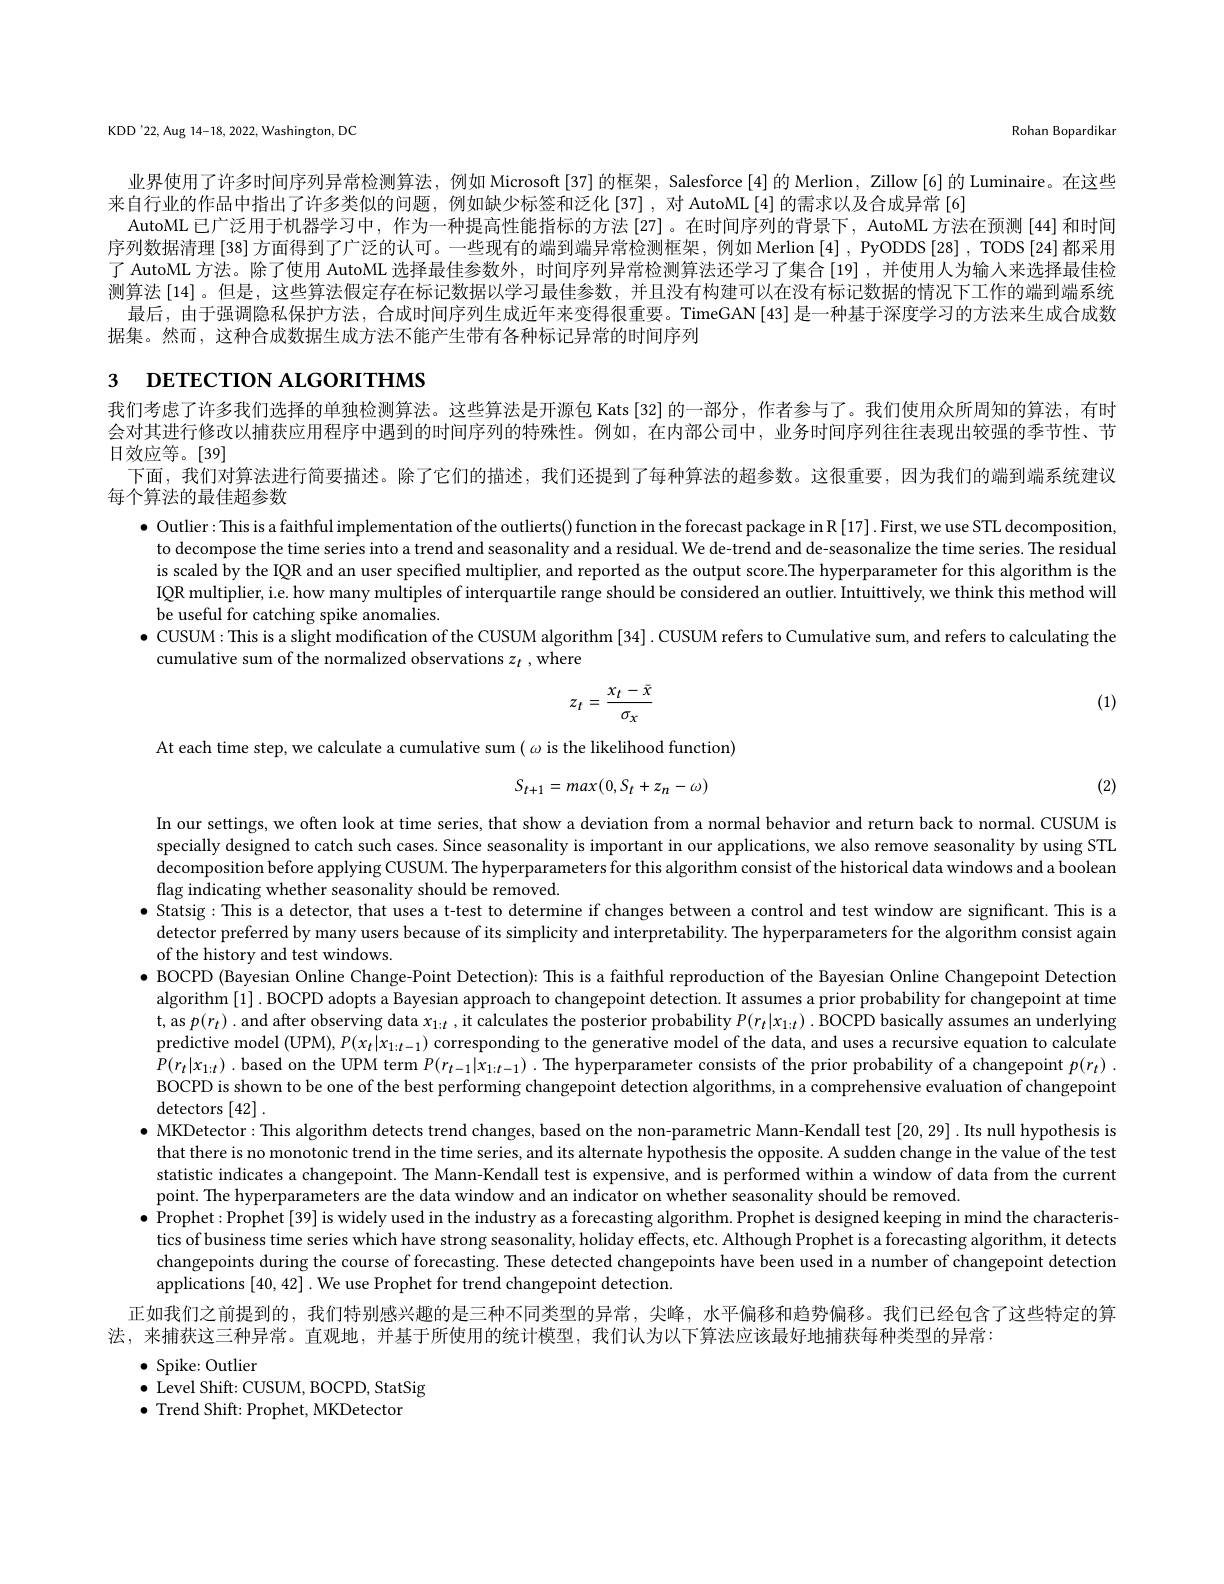
KDD'22,Aug 14-18, 2022, Washington, DC

Rohan Bopardikar

业界使用了许多时间序列异常检测算法，例如 Microsoft[37]的框架，Salesforce[4] 的 Merlion, Zillow[6] 的 Luminaire。在这些
来自行业的作品中指出了许多类似的问题，例如缺少标签和泛化[37],对 AutoML[4] 的需求以及合成异常[6]
AutoML 已广泛用于机器学习中，作为一种提高性能指标的方法 [27] 。在时间序列的背景下，AutoML 方法在预测 [44] 和时间序列数据清理[38]方面得到了广泛的认可。一些现有的端到端异常检测框架，例如 Merlion [4], PyODDS[28], TODS[24]都采用了 AutoML 方法。除了使用 AutoML 选择最佳参数外，时间序列异常检测算法还学习了集合 [19],并使用人为输人来选择最佳检测算法 [14]。但是，这些算法假定存在标记数据以学习最佳参数，并且没有构建可以在没有标记数据的情况下工作的端到端系统
最后，由于强调隐私保护方法，合成时间序列生成近年来变得很重要。TimeGAN$\left[43\right]$是一种基于深度学习的方法来生成合成数
据集。然而，这种合成数据生成方法不能产生带有各种标记异常的时间序列

# 3 DETECTION ALGORITHMS

我们考虑了许多我们选择的单独检测算法。这些算法是开源包 Kats[32] 的一部分，作者参与了。我们使用众所周知的算法，有时会对其进行修改以捕获应用程序中遇到的时间序列的特殊性。例如，在内部公司中，业务时间序列往往表现出较强的季节性、节日效应等。[39]
下面，我们对算法进行简要描述。除了它们的描述，我们还提到了每种算法的超参数。这很重要，因为我们的端到端系统建议
每个算法的最佳超参数

$\bullet$ Outlier: This is a faithful implementation of the outlierts() function in the forecast package in R [17]. First, we use STL decomposition, to decompose the time series into a trend and seasonality and a residual. We de-trend and de-seasonalize the time series. The residual is scaled by the IQR and an user specified multiplier, and reported as the output score.The hyperparameter for this algorithm is the IQR multiplier, i.e. how many multiples of interquartile range should be considered an outlier. Intuittively, we think this method will be useful for catching spike anomalies.
$\bullet$ CUSUM: This is a slight modification of the CUSUM algorithm [34]. CUSUM refers to Cumulative sum, and refers to calculating the
cumulative sum of the normalized observations $z_t$ , where

(1)
$$z_t=\frac{x_t-\bar{x}}{\sigma_x}$$
At each time step, we calculate a cumulative sum $(\omega$ is the likelihood function)
$$S_{t+1}=max(0,S_{t}+z_{n}-\omega)$$
(2)

In our settings, we often look at time series, that show a deviation from a normal behavior and return back to normal. CUSUM is specially designed to catch such cases. Since seasonality is important in our applications, we also remove seasonality by using STL $decompositionbefore~applying~CUSUM.~The~hyperparameters~for~this~algorithm~consist~of~the~historical~data~windows~and~a~boolean~de~the~th~a~th~a~th~a~th~a~th~a~th~a~th~a~th~a~th~a~th~a~th~a~th~a~th~a~th~a~th~a~th~a~th~a~th~a~th~a~th~ad~a~th~a~th~a~th~a~$ flag indicating whether seasonality should be removed
$\bullet$ Statsig: This is a detector, that uses a t-test to determine if changes between a control and test window are significant. This is a
detector preferred by many users because of its simplicity and interpretability. The hyperparameters for the algorithm consist again
of the history and test windows.
$\bullet$ BOCPD (Bayesian Online Change-Point Detection): This is a faithful reproduction of the Bayesian Online Changepoint Detection
algorithm [1]. BOCPD adopts a Bayesian approach to changepoint detection. It assumes a prior probability for changepoint at time t, as $p(r_t)$ . and after observing data $x_{1:t}$ , it calculates the posterior probability $P(r_t|x_{1:t})$ . BOCPD basically assumes an underlying predictive model (UPM), $P(x_t|x_{1:t-1})$ corresponding to the generative model of the data, and uses a recursive equation to calculate $P(r_t|x_{1:t})$. based on the UPM term $P(r_t-1|x_{1:t-1})$ .The hyperparameter consists of the prior probability of a changepoint $p(r_t).$ BOCPD is shown to be one of the best performing changepoint detection algorithms, in a comprehensive evaluation of changepoint $\operatorname{detectors}\left[42\right].$
$\bullet$ MKDetector: This algorithm detects trend changes, based on the non-parametric Mann-Kendall test [20,29]. Its null hypothesis is that there is no monotonic trend in the time series, and its alternate hypothesis the opposite. A sudden change in the value of the test statistic indicates a changepoint. The Mann-Kendall test is expensive, and is performed within a window of data from the current point. The hyperparameters are the data window and an indicator on whether seasonality should be removed
$\bullet$ Prophet:Prophet[39] is widely used in the industry as a forecasting algorithm. Prophet is designed keeping in mind the characteris- Prophet: Prophet: Prophet [ 39] is widely used in the industry as a forecasting algorithm. Prophet is designed keeping
tics of business time series which have strong seasonality, holiday effects, etc. Although Prophet is a forecasting algorithm, it detects changepoints during the course of forecasting. These detected changepoints have been used in a number of changepoint detection applications [40,42]. We use Prophet for trend changepoint detection
正如我们之前提到的，我们特别感兴趣的是三种不同类型的异常，尖峰，水平偏移和趋势偏移。我们已经包含了这些特定的算
法，来捕获这三种异常。直观地，并基于所使用的统计模型，我们认为以下算法应该最好地捕获每种类型的异常：
$\bullet$ Spike: Outlier

$\bullet$ Level Shift: CUSUM, BOCPD, StatSig
$\bullet$ Trend Shift: Prophet, MKDetector